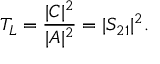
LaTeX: T _ { L } = { \frac { | C | ^ { 2 } } { | A | ^ { 2 } } } = | S _ { 2 1 } | ^ { 2 } .